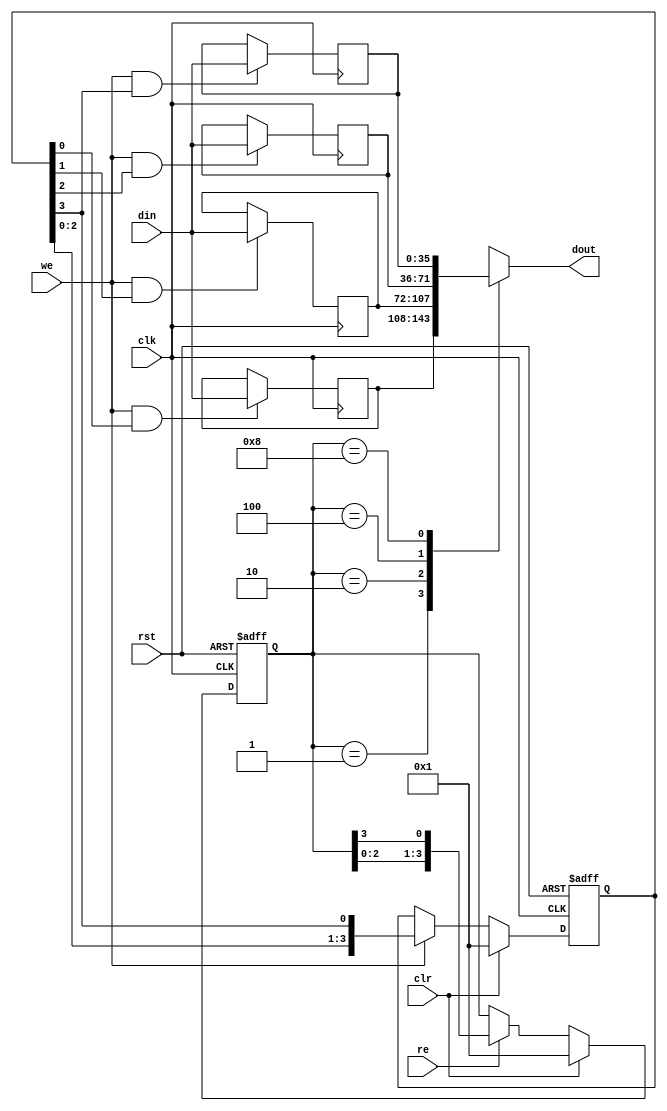
/////////////////////////////////////////////////////////////////////
////                                                             ////
////  WISHBONE Memory Controller                                 ////
////  Read FIFO                                                  ////
////                                                             ////
////                                                             ////
////          rudi@asics.ws                                      ////
////                                                             ////
////                                                             ////
////  Downloaded from: http://www.opencores.org/cores/mem_ctrl/  ////
////                                                             ////
/////////////////////////////////////////////////////////////////////
////                                                             ////
//// Copyright (C) 2000-2002 Rudolf Usselmann                    ////
////                         www.asics.ws                        ////
////                         rudi@asics.ws                       ////
////                                                             ////
//// This source file may be used and distributed without        ////
//// restriction provided that this copyright statement is not   ////
//// removed from the file and that any derivative work contains ////
//// the original copyright notice and the associated disclaimer.////
////                                                             ////
////     THIS SOFTWARE IS PROVIDED ``AS IS'' AND WITHOUT ANY     ////
//// EXPRESS OR IMPLIED WARRANTIES, INCLUDING, BUT NOT LIMITED   ////
//// TO, THE IMPLIED WARRANTIES OF MERCHANTABILITY AND FITNESS   ////
//// FOR A PARTICULAR PURPOSE. IN NO EVENT SHALL THE AUTHOR      ////
//// OR CONTRIBUTORS BE LIABLE FOR ANY DIRECT, INDIRECT,         ////
//// INCIDENTAL, SPECIAL, EXEMPLARY, OR CONSEQUENTIAL DAMAGES    ////
//// (INCLUDING, BUT NOT LIMITED TO, PROCUREMENT OF SUBSTITUTE   ////
//// GOODS OR SERVICES; LOSS OF USE, DATA, OR PROFITS; OR        ////
//// BUSINESS INTERRUPTION) HOWEVER CAUSED AND ON ANY THEORY OF  ////
//// LIABILITY, WHETHER IN  CONTRACT, STRICT LIABILITY, OR TORT  ////
//// (INCLUDING NEGLIGENCE OR OTHERWISE) ARISING IN ANY WAY OUT  ////
//// OF THE USE OF THIS SOFTWARE, EVEN IF ADVISED OF THE         ////
//// POSSIBILITY OF SUCH DAMAGE.                                 ////
////                                                             ////
/////////////////////////////////////////////////////////////////////

//  CVS Log
//
//  $Id: mc_rd_fifo.v,v 1.4 2002-01-21 13:08:52 rudi Exp $
//
//  $Date: 2002-01-21 13:08:52 $
//  $Revision: 1.4 $
//  $Author: rudi $
//  $Locker:  $
//  $State: Exp $
//
// Change History:
//               $Log: not supported by cvs2svn $
//               Revision 1.3  2001/12/11 02:47:19  rudi
//
//               - Made some changes not to expect clock during reset ...
//
//               Revision 1.2  2001/11/29 02:16:28  rudi
//
//
//               - More Synthesis cleanup, mostly for speed
//               - Several bug fixes
//               - Changed code to avoid auto-precharge and
//                 burst-terminate combinations (apparently illegal ?)
//                 Now we will do a manual precharge ...
//
//               Revision 1.1  2001/07/29 07:34:41  rudi
//
//
//               1) Changed Directory Structure
//               2) Fixed several minor bugs
//
//               Revision 1.1.1.1  2001/05/13 09:39:44  rudi
//               Created Directory Structure
//
//
//
//


module mc_rd_fifo(clk, rst, clr, din, we, dout, re);

input		clk, rst, clr;
input	[35:0]	din;
input		we;
output	[35:0]	dout;
input		re;

reg	[3:0]	rd_adr, wr_adr;
reg	[35:0]	r0, r1, r2, r3;
reg	[35:0]	dout;

always @(posedge clk or posedge rst)
	if(rst)		rd_adr <= #1 4'h1;
	else
	if(clr)		rd_adr <= #1 4'h1;
	else
	if(re)		rd_adr <= #1 {rd_adr[2:0], rd_adr[3]};

always @(posedge clk or posedge rst)
	if(rst)		wr_adr <= #1 4'h1;
	else
	if(clr)		wr_adr <= #1 4'h1;
	else
	if(we)		wr_adr <= #1 {wr_adr[2:0], wr_adr[3]};

always @(posedge clk)
	if(we & wr_adr[0])	r0 <= #1 din;

always @(posedge clk)
	if(we & wr_adr[1])	r1 <= #1 din;

always @(posedge clk)
	if(we & wr_adr[2])	r2 <= #1 din;

always @(posedge clk)
	if(we & wr_adr[3])	r3 <= #1 din;

always @(rd_adr or r0 or r1 or r2 or r3 or re or we or din)
	case(rd_adr)		// synopsys full_case parallel_case
	   4'h1:	dout = r0;
	   4'h2:	dout = r1;
	   4'h4:	dout = r2;
	   4'h8:	dout = r3;
	endcase

endmodule